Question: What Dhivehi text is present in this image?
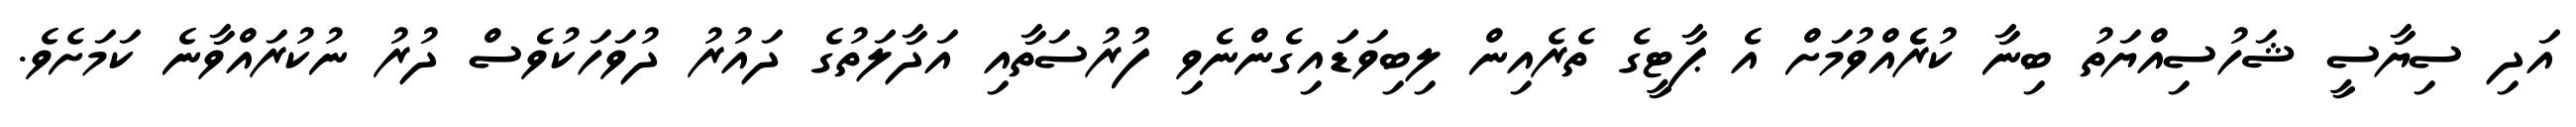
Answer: އަދި ސިޔާސީ ޝަހުސިއްޔަތު ބިނާ ކުރެެެއްވުމަށް އެ ޕާޓީގެ ތެރެއިން ލިބިވަޑަައިގެންނެވި ފުުރުސަތާއި އަދާލަތުގެ ދައުރު ދުވަހަކުވެސް ދުރު ނުކުރައްވާނެ ކަމަށެވެ.